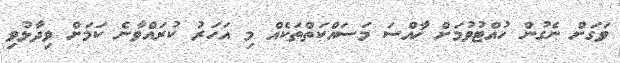
ވަގަށް ނެގުން ހުއްޓުވުމަށް ޚާއްސަ މަސައްކަތްތަކެއް މި އަހަރު ކުރައްވާނެ ކަމަށް ވިދާޅުވި